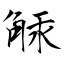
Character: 觨